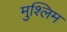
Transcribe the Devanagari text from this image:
मुश्लिम